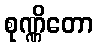
စုဏ္ဏိတော